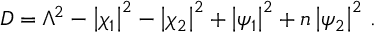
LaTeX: D = \Lambda ^ { 2 } - \left| \chi _ { 1 } \right| ^ { 2 } - \left| \chi _ { 2 } \right| ^ { 2 } + \left| \psi _ { 1 } \right| ^ { 2 } + n \left| \psi _ { 2 } \right| ^ { 2 } \, .